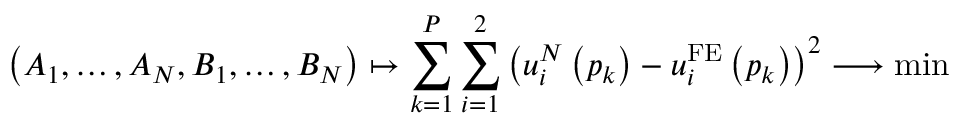
\left( A _ { 1 } , \dots , A _ { N } , B _ { 1 } , \dots , B _ { N } \right) \mapsto \sum _ { k = 1 } ^ { P } \sum _ { i = 1 } ^ { 2 } \left( u _ { i } ^ { N } \left( p _ { k } \right) - u _ { i } ^ { \mathrm { F E } } \left( p _ { k } \right) \right) ^ { 2 } \longrightarrow \mathrm { m i n }